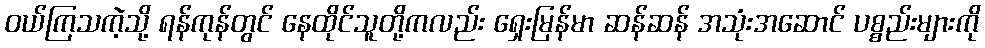
ဝယ်ကြသကဲ့သို့ ရန်ကုန်တွင် နေထိုင်သူတို့ကလည်း ရှေးမြန်မာ ဆန်ဆန် အသုံးအဆောင် ပစ္စည်းများကို